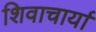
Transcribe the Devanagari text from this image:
शिवाचार्या